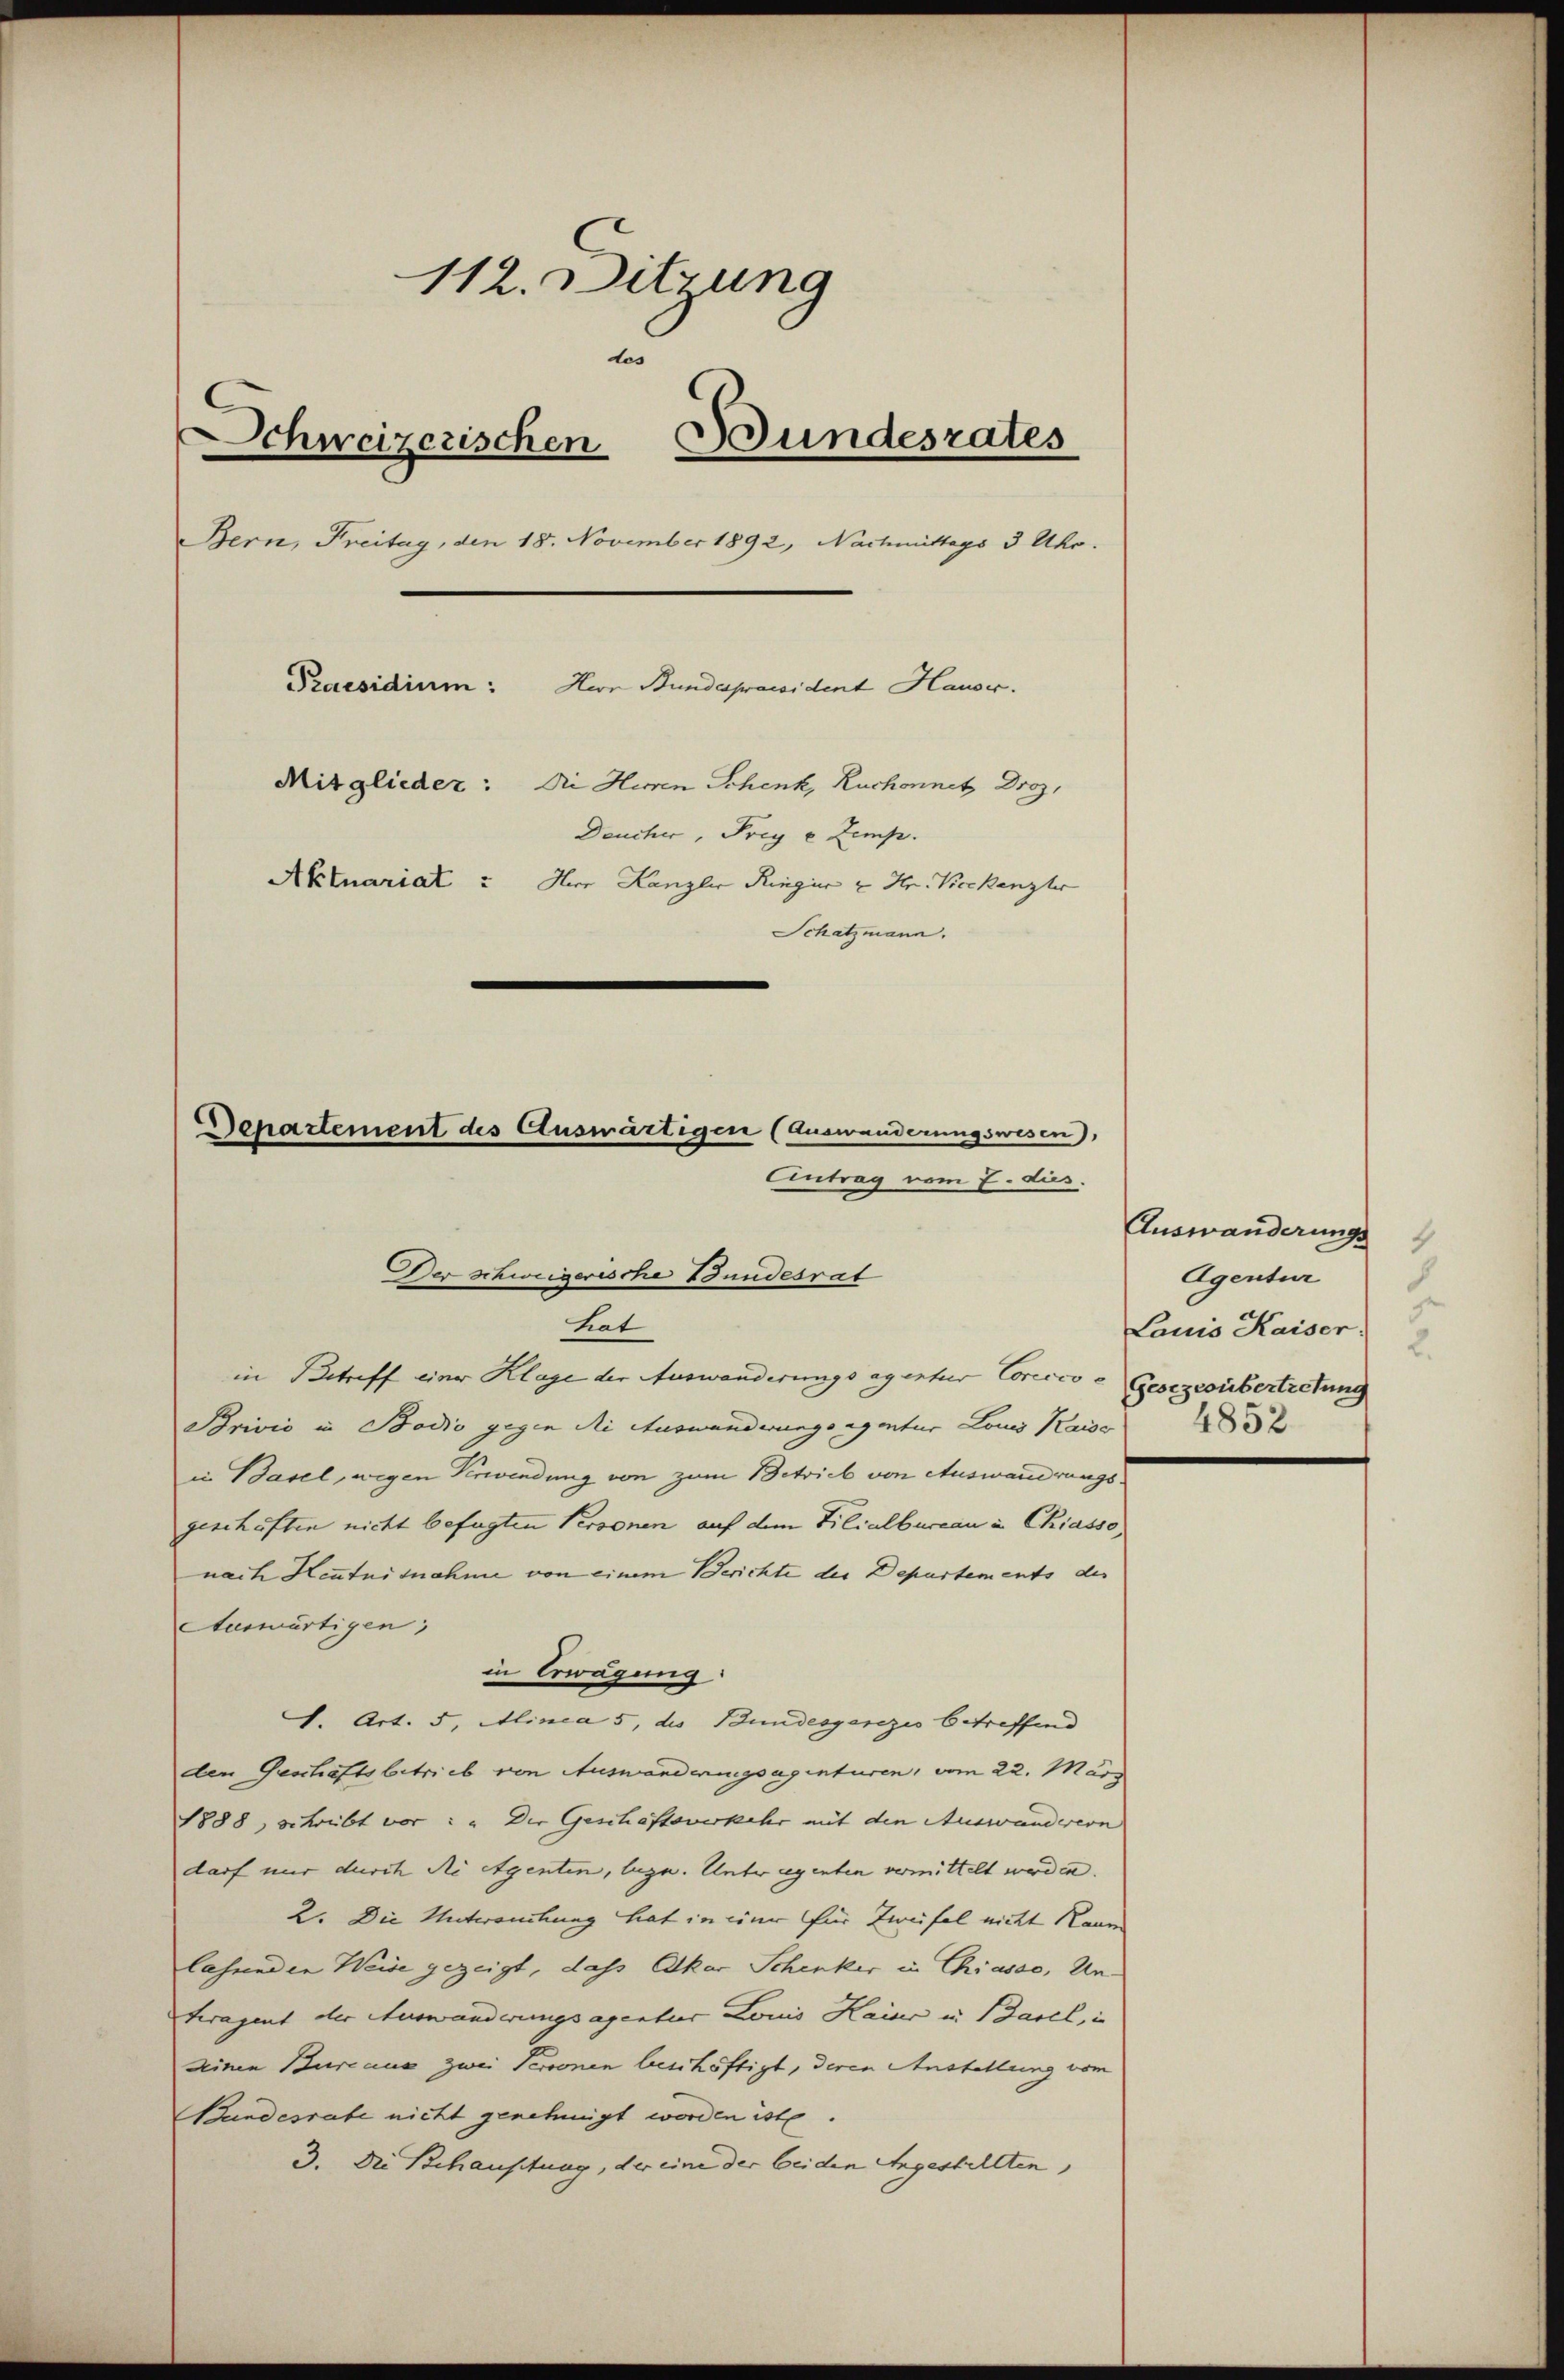
112. Ditzung
tes
Schweizerischen Bundesrates
¬
Bern, Freitag, den 18. November 1892, Nachmittags 3 Uhr.
Praesidium: Herr Bundapramident Hauer.
Mitglieder: Die Herren Schenk, Ruchonnetz Droz,
Deucher, Frey e Zemp.
Aktuariat? Herr Kanzler Ringier u Hr. Beckanzler
Schatzmann.

hiat
in Betreff einer Klage der Auswanderungsagentur Corcco = Gesezesübertretung
Brivio in Bodio gegen die Auswanderungsagentur Louis Kaise
in Basel, wegen Verwendung von zum Betrieb von Auswanderungsgeschäften nicht befugten Personen auf dem Filialbureau in Chiasso,
nach Kenntnisnahme von einem Berichte der Departements des
Auswärtigen,
in Erwägung:
S. Art. 5, Alinea 5, des Bundesgerizio betreffend
den Geschaftsbetrieb von Auswanderungsagenturen, vom 22. März
1888, schreibt vor: " Der Geschäftsverkehr mit den Auswanderern
darf nur durch Ni Agenten, lege. Unter eigenten vermittelt worden.
2. Die Antwortung hat in eine für Zweifel nicht kaum
lassenden Weise gezeigt, dass Oskar Schenker in Chiasso, Untragent der Auswanderungsagentur Louis Kaiser in Basel,
Deinen Bureaus zwei Personen beschäftigt, deren Anstellung vom
Bundesrate nicht genehmigt worden ist.
3. Die Behaustung, der eine der beiden Angestellten,

Departement des Auswärtigen (Auswanderungswesen),
Antrag vom 7. dus.
Der schweizerische Bundesrat

Auswanderungs
4
Agentur
.
g
Lauis Kaiser
4852